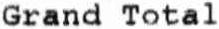
GRAND TOTAL